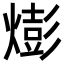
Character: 𪹫